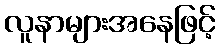
လူနာများအနေဖြင့်